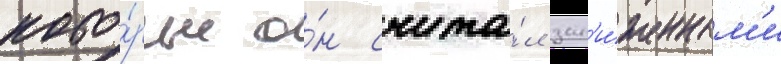
кото́рые о́н счита́л зан'и́женным'и